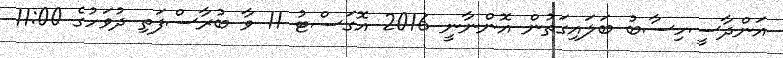
އަންދާސީހިސާބު ބަލައިގަތުން އޮންނާނީ 2016 އޮގަސްޓު 11 ވާ ބުރާސްފަތި ދުވަހުގެ 11:00